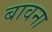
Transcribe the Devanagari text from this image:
बावना